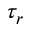
\tau _ { r }